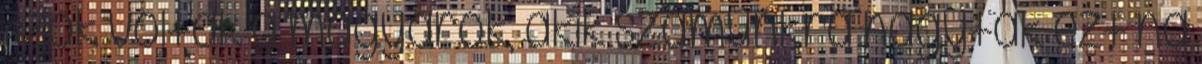
Azok voltak a magyarok, akik számunkra hagyták ezt na